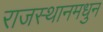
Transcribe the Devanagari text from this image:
राजस्थानमधुन